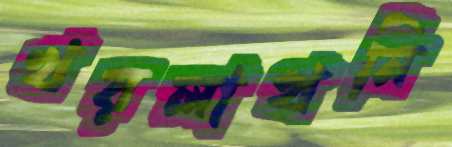
খয়লাখনি